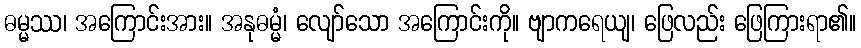
ဓမ္မဿ၊ အကြောင်းအား။ အနုဓမ္မံ၊ လျော်သော အကြောင်းကို။ ဗျာကရေယျ၊ ဖြေလည်း ဖြေကြားရာ၏။